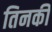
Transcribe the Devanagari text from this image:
तिनकी